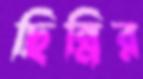
ছিন্নির